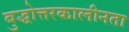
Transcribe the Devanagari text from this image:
बुद्धोत्तरकालीनता